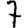
Digit: 7